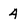
Character: 4